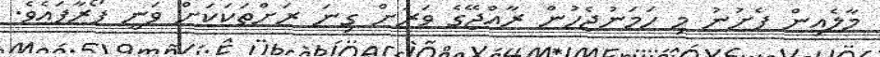
މާލެއިން ފެށުނު މި ހަމަނުޖެހުން ރާއްޖޭގެ ވަރަށް ގިނަ ރަށްތަކަކަށް ވަނީ ފޯރާފައެވެ.